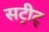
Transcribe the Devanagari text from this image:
सट्रीट्